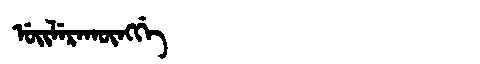
Manchu: ᡠᡳᠯᡝᡵᠠᡴᡡᠩᡤᡝ
Romanization: UILERAKŪNGGE